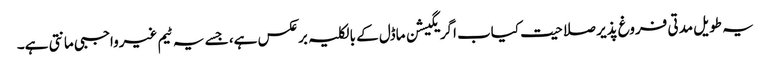
یہ طویل مدتی فروغ پذیر صلاحیت کیاب اگریگیشن ماڈل کے بالکلیہ برعکس ہے، جسے یہ ٹیم غیرواجبی مانتی ہے۔